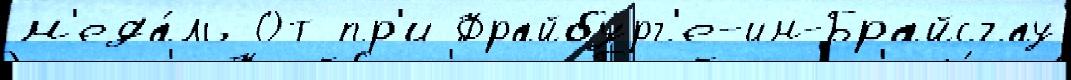
м'еда́ль От пр'и Фрайбург'е-им-Брайсгау